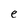
Character: e